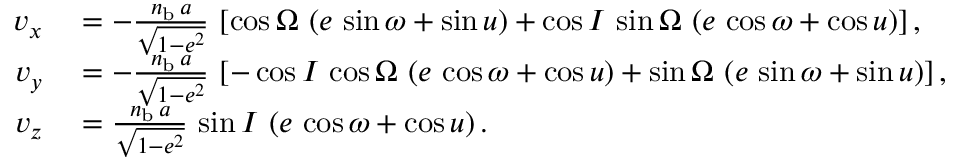
\begin{array} { r l } { v _ { x } } & { { } = - \frac { n _ { \mathrm { b } } \, a } { \sqrt { 1 - e ^ { 2 } } } \, \left[ \cos \Omega \, \left( e \, \sin \omega + \sin u \right) + \cos I \, \sin \Omega \, \left( e \, \cos \omega + \cos u \right) \right] , } \\ { v _ { y } } & { { } = - \frac { n _ { \mathrm { b } } \, a } { \sqrt { 1 - e ^ { 2 } } } \, \left[ - \cos I \, \cos \Omega \, \left( e \, \cos \omega + \cos u \right) + \sin \Omega \, \left( e \, \sin \omega + \sin u \right) \right] , } \\ { v _ { z } } & { { } = \frac { n _ { \mathrm { b } } \, a } { \sqrt { 1 - e ^ { 2 } } } \, \sin I \, \left( e \, \cos \omega + \cos u \right) . } \end{array}